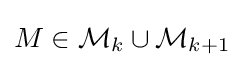
M\in {\mathcal {M}}_{k}\cup {\mathcal {M}}_{k+1}